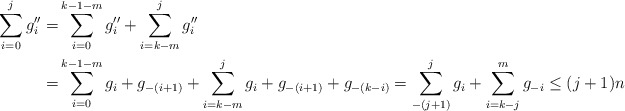
\begin{align*} \sum_{i=0}^jg''_i = & \sum_{i=0}^{k-1-m}g''_i+\sum_{i=k-m}^jg''_i \\ = & \sum_{i=0}^{k-1-m}g_i+g_{-(i+1)}+\sum_{i=k-m}^jg_i+g_{-(i+1)}+g_{-(k-i)}=\sum_{-(j+1)}^jg_i+\sum_{i=k-j}^mg_{-i}\le (j+1)n\end{align*}